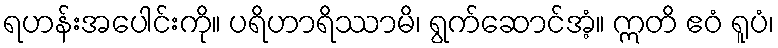
ရဟန်းအပေါင်းကို။ ပရိဟာရိဿာမိ၊ ရွက်ဆောင်အံ့။ ဣတိ ဧဝံ ရူပံ၊